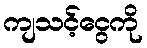
ကျသင့်ငွေကို